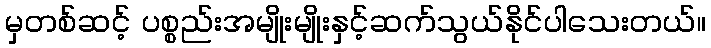
မှတစ်ဆင့် ပစ္စည်းအမျိုးမျိုးနှင့်ဆက်သွယ်နိုင်ပါသေးတယ်။